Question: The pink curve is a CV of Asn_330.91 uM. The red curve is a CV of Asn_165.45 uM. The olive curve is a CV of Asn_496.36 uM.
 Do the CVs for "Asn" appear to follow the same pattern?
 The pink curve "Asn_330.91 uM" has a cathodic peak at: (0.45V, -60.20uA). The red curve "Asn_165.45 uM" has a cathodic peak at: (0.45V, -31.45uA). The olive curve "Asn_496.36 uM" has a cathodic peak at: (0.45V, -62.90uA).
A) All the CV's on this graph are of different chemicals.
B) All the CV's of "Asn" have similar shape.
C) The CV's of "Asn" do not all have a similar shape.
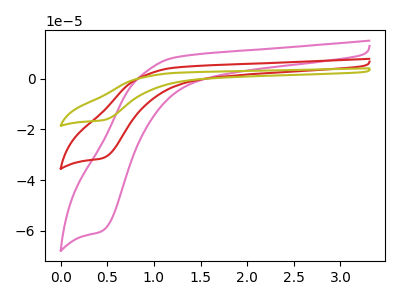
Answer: <think>All the peaks in "Asn_330.91 uM" have a peak in "Asn_165.45 uM" at the same potential. Every peak in "Asn_330.91 uM" is higher than every peak in "Asn_165.45 uM". All the peaks in "Asn_330.91 uM" have a peak in "Asn_496.36 uM" at the same potential. Every peak in "Asn_330.91 uM" is lower than every peak in "Asn_496.36 uM". All the peaks in "Asn_165.45 uM" have a peak in "Asn_496.36 uM" at the same potential. Every peak in "Asn_165.45 uM" is lower than every peak in "Asn_496.36 uM".
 </think>
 <answer>B) All the CV's of "Asn" have similar shape.</answer>
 <eval>B</eval>